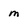
Character: m